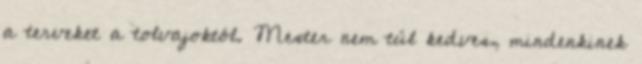
a terveket a tolvajoktól. Mester nem túl kedves, mindenkinek